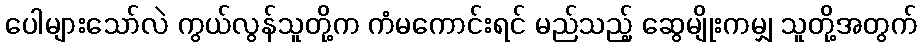
ပေါများသော်လဲ ကွယ်လွန်သူတို့က ကံမကောင်းရင် မည်သည့် ဆွေမျိုးကမျှ သူတို့အတွက်